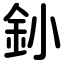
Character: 釥